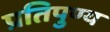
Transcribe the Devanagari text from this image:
प्रतिपुण्य